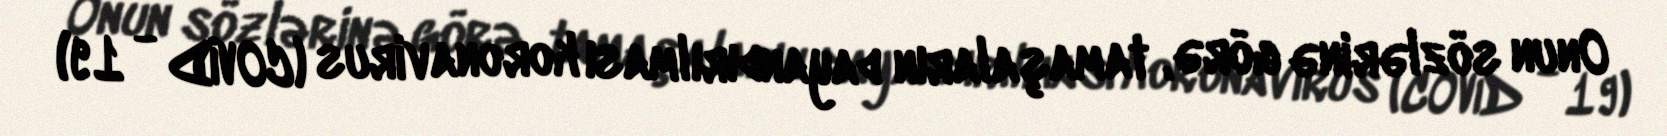
Onun sözlərinə görə, tamaşaların dayandırılması koronavirus (COVİD - 19)